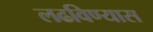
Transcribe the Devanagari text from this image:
लढविण्यास